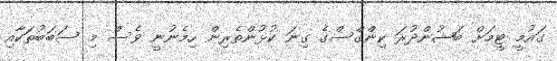
ގައުމީ ޓީމަށް ބަޝުންދުރަ ކިންގްސްގެ ގިނަ ކުޅުންތެރިން ހިމެނުނީ ވެސް މި ސަބަބުތަކާއި